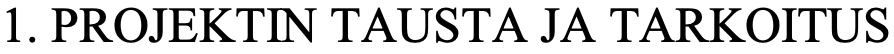
1. PROJEKTIN TAUSTA JA TARKOITUS